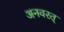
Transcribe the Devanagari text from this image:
अनवरत्